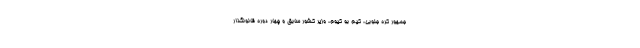
جمهور کره جنوبی، کیم بو کیوم، وزیر کشور سابق و چهار دوره قانونگذار